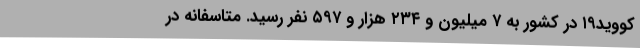
کووید۱۹ در کشور به ۷ میلیون و ۲۳۴ هزار و ۵۹۷ نفر رسید. متاسفانه در